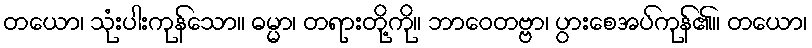
တယော၊ သုံးပါးကုန်သော။ ဓမ္မာ၊ တရားတို့ကို။ ဘာဝေတဗ္ဗာ၊ ပွားစေအပ်ကုန်၏။ တယော၊